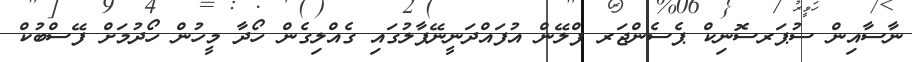
ނާސާއިން ސުޕަރސޮނިކް ޕެސެންޖަރ ޕްލޭން އުފައްދަނީނޭޕާލުގައި ގެއްލިގެން ހޯދާ މީހުން ހޯދުމަށް ފޭސްބުކް